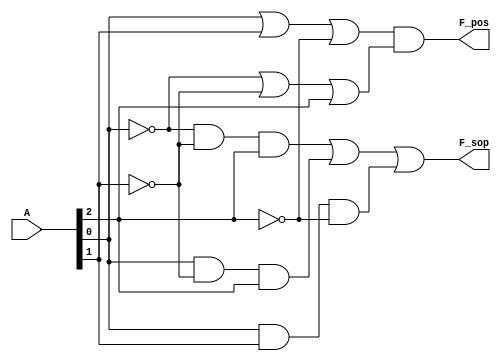
module combinational_logic (
    input wire [2:0] A, // 3-bit input
    output wire F_sop,   // Output for Sum of Products
    output wire F_pos    // Output for Product of Sums
);

// Sum of Products (SOP) implementation
// Example function: F(A) = A0'A1'A2 + A0A1'A2 + A0A1A2' (minimized form)
assign F_sop = (~A[0] & ~A[1] & A[2]) | (A[0] & ~A[1] & A[2]) | (A[0] & A[1] & ~A[2]);

// Product of Sums (POS) implementation
// Example function: F(A) = (A0 + A1 + A2')(A0' + A1' + A2) (minimized form)
assign F_pos = (A[0] | A[1] | ~A[2]) & (~A[0] | ~A[1] | A[2]);

endmodule